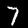
Label: 7